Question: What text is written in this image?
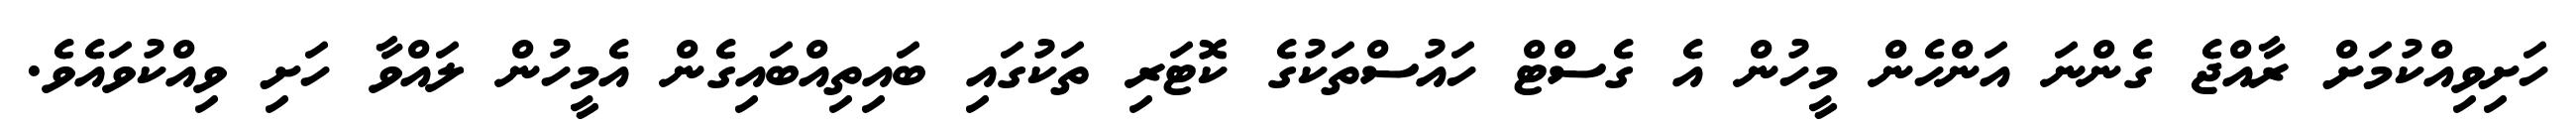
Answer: ހަށިވިއްކުމަށް ރާއްޖެ ގެންނަ އަންހެން މީހުން އެ ގެސްޓް ހައުސްތަކުގެ ކޮޓަރި ތަކުގައި ބައިތިއްބައިގެން އެމީހުން ލައްވާ ހަށި ވިއްކުވައެވެ.